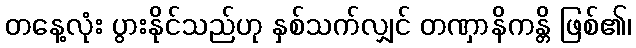
တနေ့လုံး ပွားနိုင်သည်ဟု နှစ်သက်လျှင် တဏှာနိကန္တိ ဖြစ်၏၊